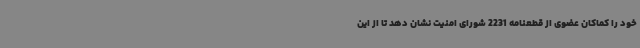
خود را کماکان عضوی از قطعنامه 2231 شورای امنیت نشان دهد تا از این